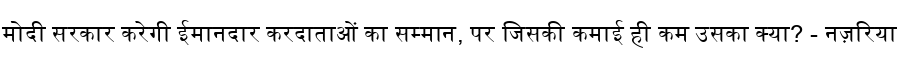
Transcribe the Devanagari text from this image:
मोदी सरकार करेगी ईमानदार करदाताओं का सम्मान, पर जिसकी कमाई ही कम उसका क्या? - नज़रिया